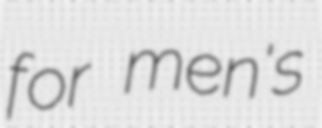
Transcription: for men's